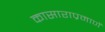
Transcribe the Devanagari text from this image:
कासाराप्रमाणें